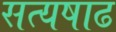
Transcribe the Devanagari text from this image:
सत्यषाढ